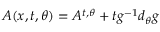
{ \cal A } ( x , t , \theta ) = A ^ { t , \theta } + t g ^ { - 1 } d _ { \theta } g